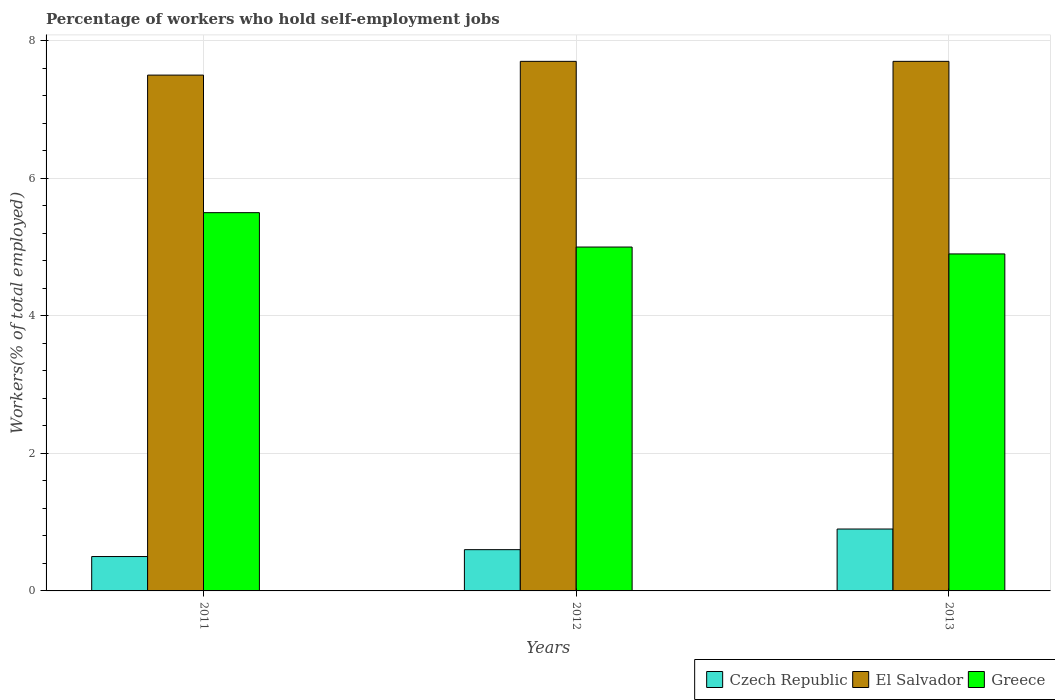
| Years | Czech Republic | El Salvador | Greece |
 | --- | --- | --- | --- |
 | 2011 | 0.5 | 7.5 | 5.5 |
 | 2012 | 0.6 | 7.7 | 5 |
 | 2013 | 0.9 | 7.7 | 4.9 |